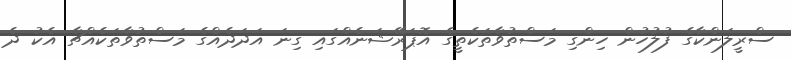
ސްރީލަންކާގެ ފުލުހުން ހިންގި މަސްތުވާތަކެތީގެ އޮޕަރޭޝަނެއްގައި ގިނަ އަދަދެއްގެ މަސްތުވާތަކެއްޗާ އެކު ދެ